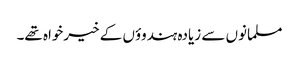
مسلمانوں سے زیادہ ہندوؤں کے خیرخواہ تھے۔